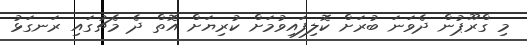
މި ގްރޫޕުން ދެވަނަ ބުރަށް ކޮލިފައިވުމަށް ކުރިޔަށް އޮތް ދެ މެޗުގައި ރަނގަޅު